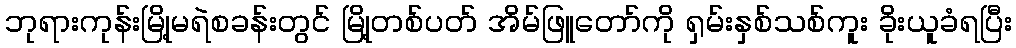
ဘုရားကုန်းမြို့မရဲစခန်းတွင် မြို့တစ်ပတ် အိမ်ဖြူတော်ကို ရှမ်းနှစ်သစ်ကူး ခိုးယူခံရပြီး